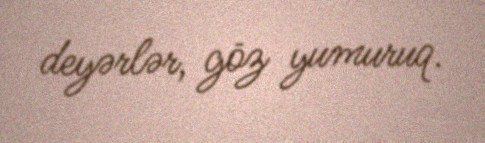
deyərlər, göz yumuruq.